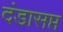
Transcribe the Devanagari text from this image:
दंडासप्त